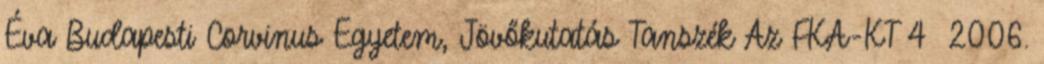
Éva Budapesti Corvinus Egyetem, Jövőkutatás Tanszék Az FKA-KT 4 2006.